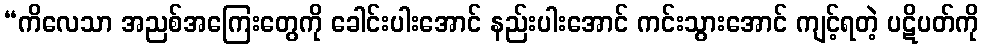
“ကိလေသာ အညစ်အကြေးတွေကို ခေါင်းပါးအောင် နည်းပါးအောင် ကင်းသွားအောင် ကျင့်ရတဲ့ ပဋိပတ်ကို